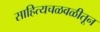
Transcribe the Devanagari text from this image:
साहित्यचळवळीतून